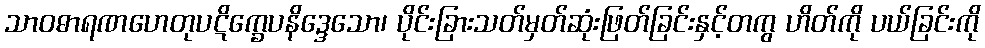
သာဝဓာရဏဟေတုပဋိက္ခေပနိဒ္ဒေသော၊ ပိုင်းခြားသတ်မှတ်ဆုံးဖြတ်ခြင်းနှင့်တကွ ဟိတ်ကို ပယ်ခြင်းကို